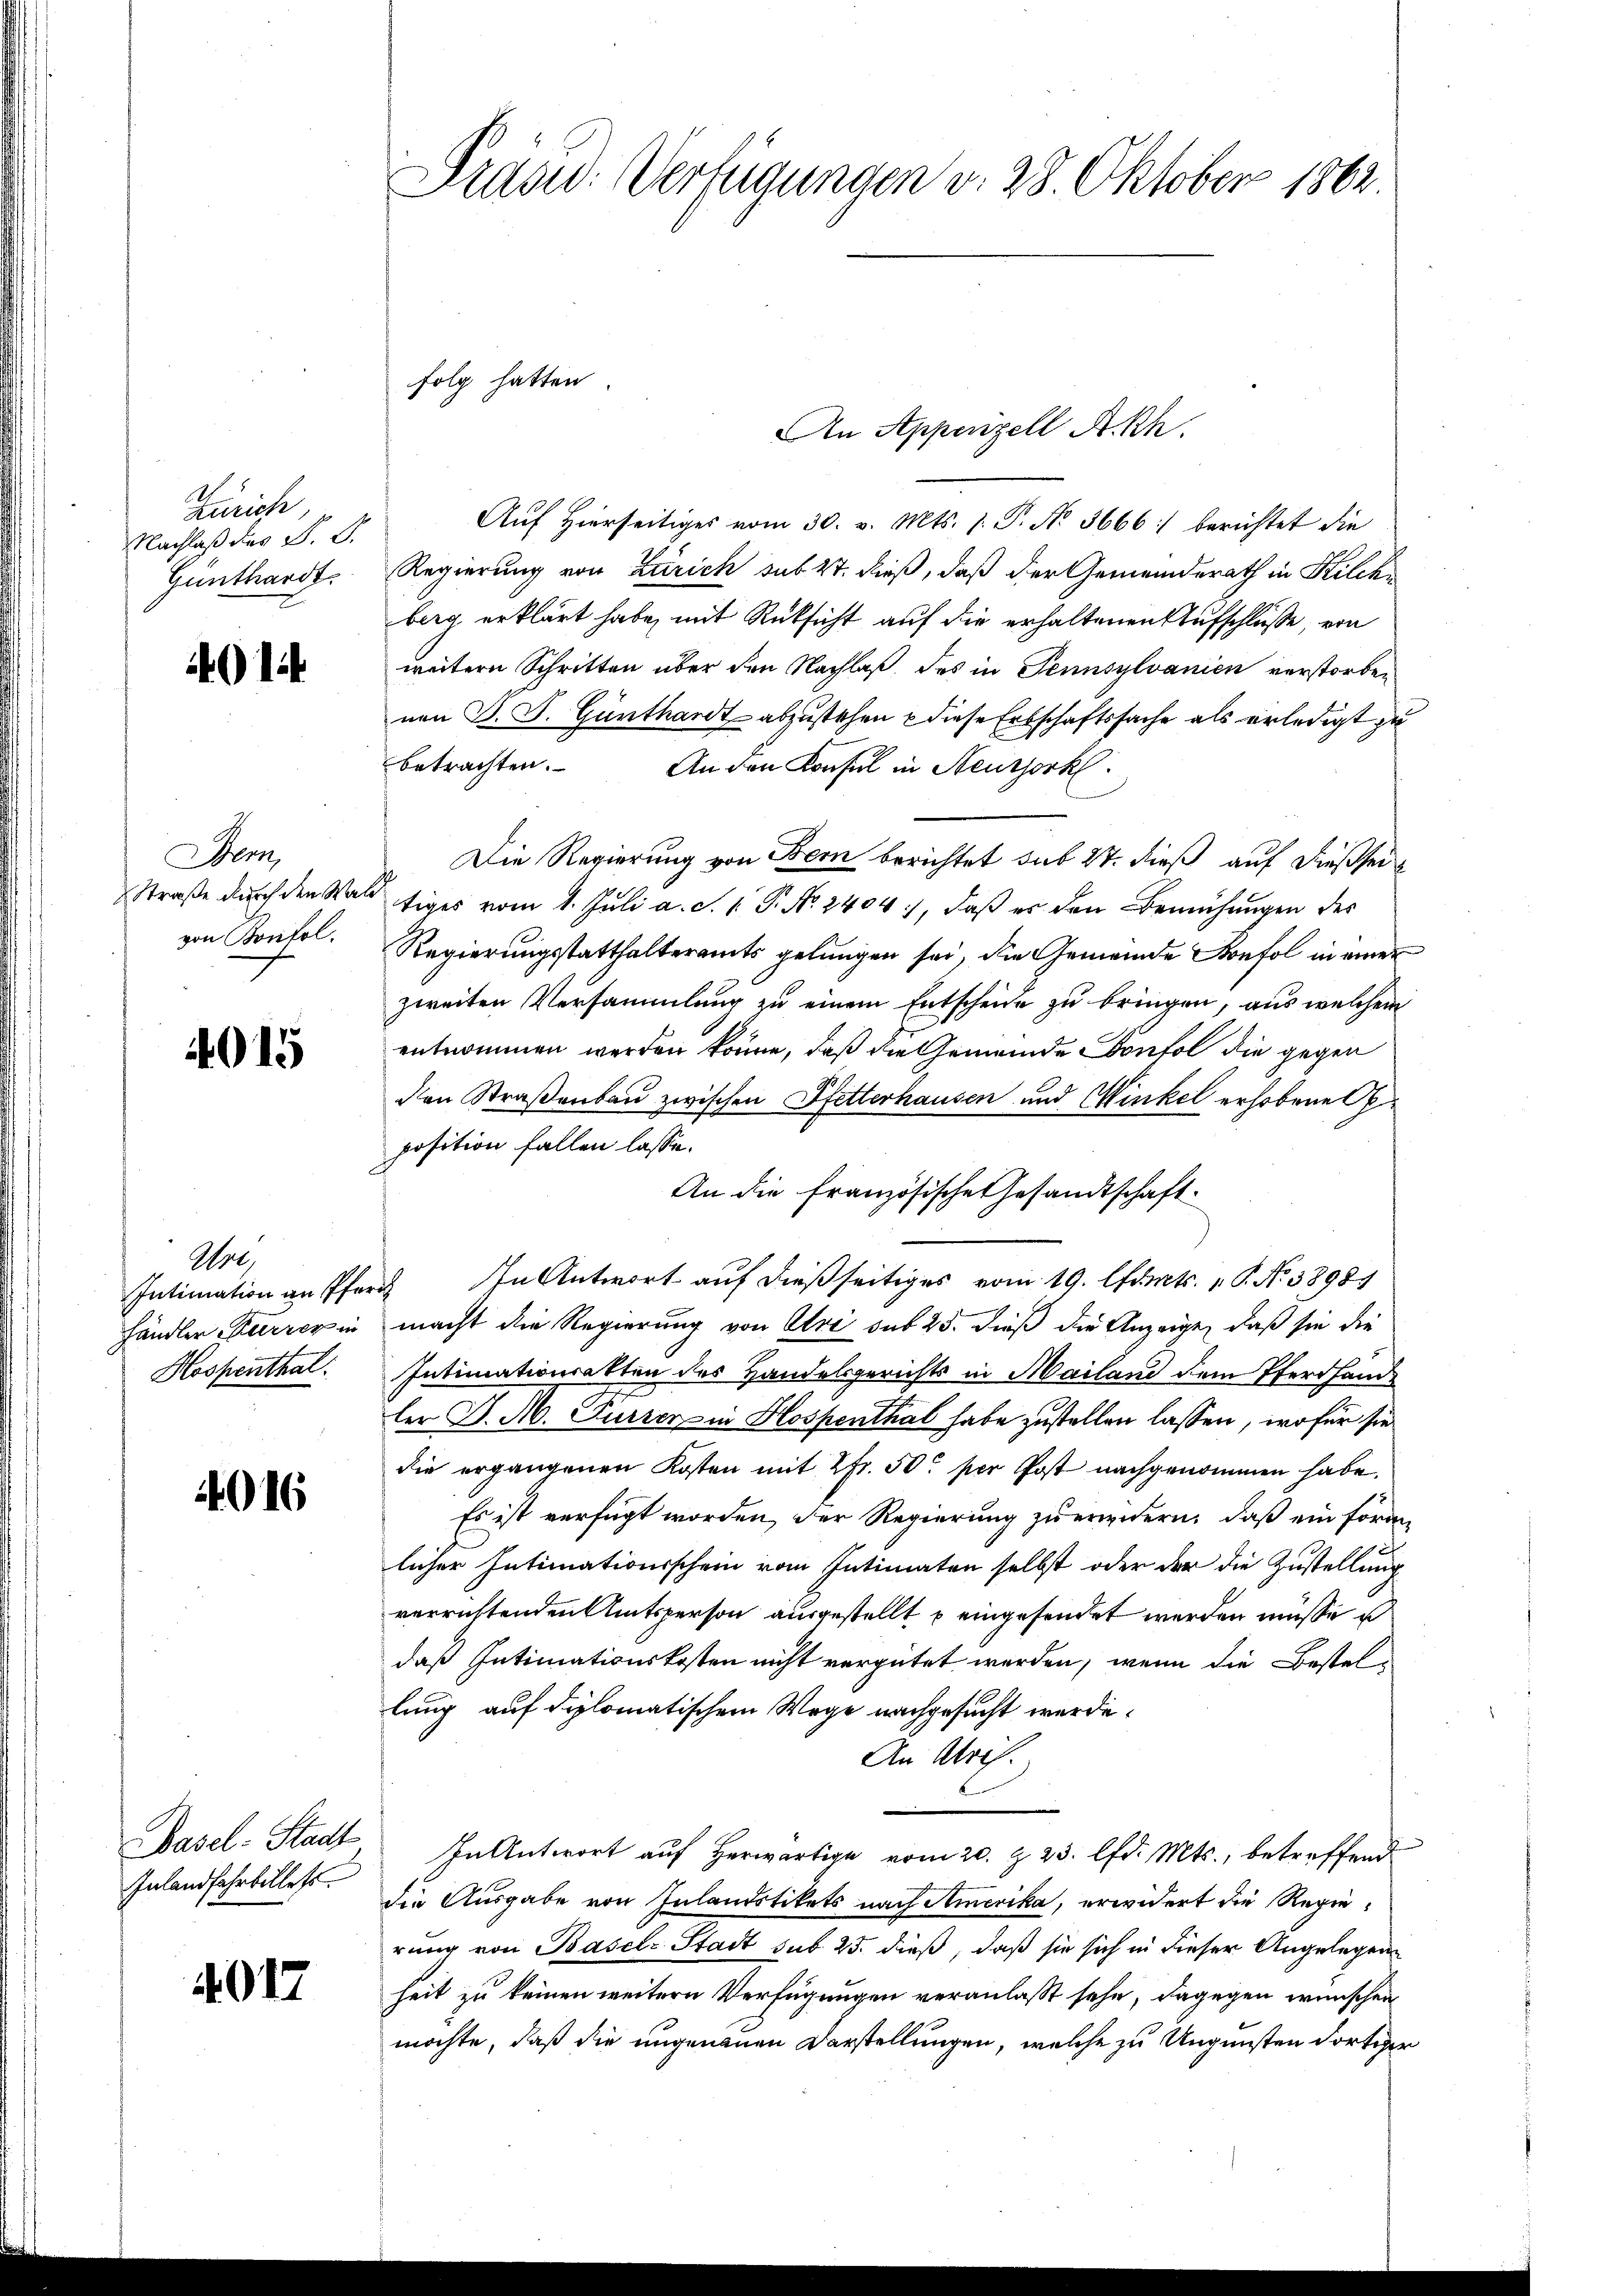
Zürich
Nachlaß des F. S.
Günthardt.

4014

Stem
Straße durch den Wai
von Kontol.

4015

Uri,
händler Furrer in
Hospenthal.

4016

Basel-Stadt
Inlandfahrbillets.

4017

Präsid. Verfügungen v. 28. Oktober 1862.

An Appenzell A.Rh.
Aŭf Hierseitiges vom 30. v. Mts. 1. P. No. 3666:/ berichtet die
Regierung von Zürich sub 27. dieß, daß der Gemeinderath in Kilchberg erklärt habe, mit Rüksicht auf die erhaltenen Aufschlüße, von
weitern Schritten über den Nachlaß des in Tennsylvanien verstorben
nen P. J. Günthardt abzustehen u diese Erbschaftssache als erledigt zu
betrachten. An den Konsul in Neusserkl
Die Regierung von Bern berichtet sub 27. dieß auf dießseiltiges vom 1. Juli a. S. 1. P. No. 2404), daβ er den Bemühungen des
Regierungsstatthalteramts gelungen sei, die Gemeinde Konfol in einer
zweiten Versammlung zu einem Entscheide zu bringen, aus welchem
entnommen werden könne, daß die Gemeinde Contol die gegen
den Straßenbau zwischen Pfetterhausen und Winkel erhobene Geposition fallen lasse.
An die französische Gesandtschaft
Intimation an Pfarr in Antwort auf dießseitiges vom 19. Orts. v. P. Nr. 3898.
macht die Regierung von Uri sub 25. dieß die Anzeige, daß sie die
Intimationsakten des Handelsgerichts in Mailand dem Pfarrhande
ler J. M. Furren in Hospenthal habe zustellen lassen, wo für sie
die ergangenen Kosten mit 2 fr. 50 per Post nachgenommen habe.
Es ist verfügt worden, der Regierung zu erwidern, daß ein foran
licher Intimationsschein vom Intimaten selbst oder der die Zustellung
verrichtenden Amtsperson ausgestellt u eingesendet werden müsse i
daß Intimationskosten nicht vergütet werden, wenn die Bestellung auf diplomatischem Wege nachgesucht werde.
An Abris.
In Antwort auf herwärtige vom 20. Z. 23. lfd. Mts., betreffend
die Ausgabe von Inlandstikets nach Amerika, erwidert die Regierung von Basel-Stadt sub 25. dieß, daß sie sich in dieser Angelegenheit zu keinen weitern Verfügungen veranlasst sehe, dagegen wünschen
möchte, daß die ungenauen Darstellungen, welche zu Ungunsten dortiger

folg hatten.